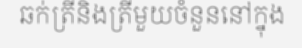
ឆក់ត្រីនិងត្រីមួយចំនួននៅក្នុង